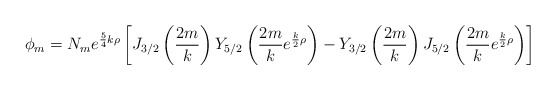
\begin{align*}\phi_m=N_m e^{{5 \over 4}k \rho}\left[J_{3/2}\left({2m \over k}\right)Y_{5/2}\left({2m \over k}e^{{k \over 2} \rho}\right)-Y_{3/2}\left({2m \over k}\right)J_{5/2}\left({2m \over k}e^{{k \over 2} \rho}\right)\right]\end{align*}